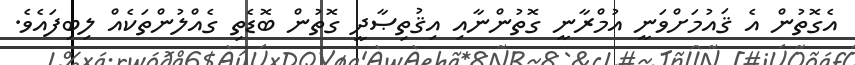
އެގޮތުން އެ ޤައުމަށްވަނީ އުމްރާނީ ގޮތުންނާއި އިޤުތިޞާދީ ގޮތުން ބޮޑެތި ގެއްލުންތަކެއް ލިބިފައެވެ.